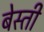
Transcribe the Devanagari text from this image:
बेस्ती